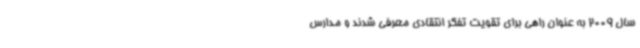
سال 2009 به عنوان راهی برای تقویت تفکر انتقادی معرفی شدند و مدارس